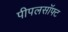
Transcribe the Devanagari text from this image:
पीपलसॉफ्ट